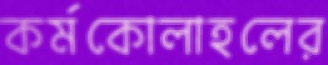
কর্মকোলাহলের